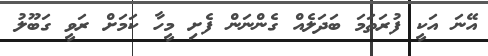
އޭނަ އަކީ ފުރަތަމަ ބަދަލެއް ގެންނަން ފެށި މީހާ ކަމަށް ރަވީ ގަބޫލު